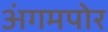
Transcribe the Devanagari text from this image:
अंगमपोर